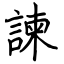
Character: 諫